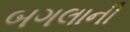
બગલાની